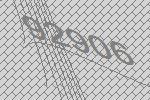
92906